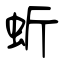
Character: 蚚